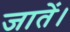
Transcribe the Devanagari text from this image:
जातें।